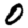
Digit: 0